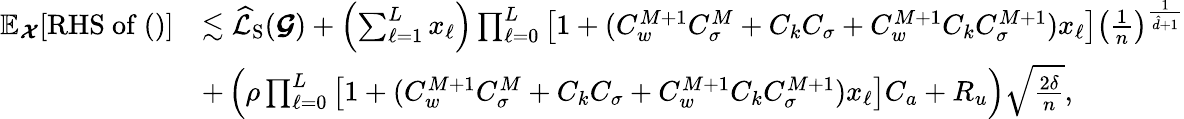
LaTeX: \begin{array}{rl}{\mathbb{E}_{\boldsymbol{\mathcal{X}}}[\mathrm{RHS~of~()}]}&{\lesssim\widehat{\mathcal{L}}_{\mathrm{S}}(\boldsymbol{\mathcal{G}})+\left(\sum_{\ell=1}^{L}x_{\ell}\right)\prod_{\ell=0}^{L}\left[1+(C_{w}^{M+1}C_{\sigma}^{M}+C_{k}C_{\sigma}+C_{w}^{M+1}C_{k}C_{\sigma}^{M+1})x_{\ell}\right]\left(\frac{1}{n}\right)^{\frac{1}{\hat{d}+1}}}\\ &{+\left(\rho\prod_{\ell=0}^{L}\left[1+(C_{w}^{M+1}C_{\sigma}^{M}+C_{k}C_{\sigma}+C_{w}^{M+1}C_{k}C_{\sigma}^{M+1})x_{\ell}\right]C_{a}+R_{u}\right)\sqrt{\frac{2\delta}{n}},}\end{array}